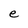
Character: e